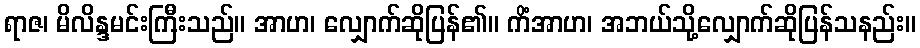
ရာဇ၊ မိလိန္ဒမင်းကြီးသည်။ အာဟ၊ လျှောက်ဆိုပြန်၏။ ကိံအာဟ၊ အဘယ်သို့လျှောက်ဆိုပြန်သနည်း။